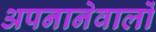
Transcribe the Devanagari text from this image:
अपनानेवालों